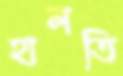
হালতি